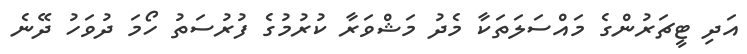
އަދި ޓީޗަރުންގެ މައްސަލަތަކާ މެދު މަޝްވަރާ ކުރުމުގެ ފުރުސަތު ހޯމަ ދުވަހު ދޭނެ